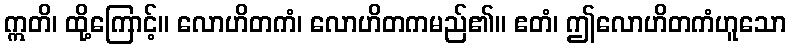
ဣတိ၊ ထို့ကြောင့်။ လောဟိတကံ၊ လောဟိတကမည်၏။ ဧတံ၊ ဤလောဟိတကံဟူသော